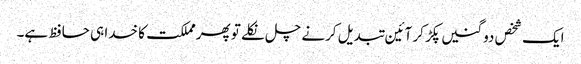
ایک شخص دو گنیں پکڑ کر آئین تبدیل کرنے چل نکلے تو پھرمملکت کا خدا ہی حافظ ہے۔